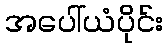
အပေါ်ယံပိုင်း